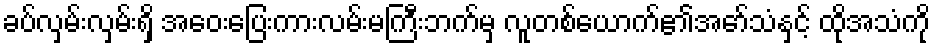
ခပ်လှမ်းလှမ်းရှိ အဝေးပြေးကားလမ်းမကြီးဘက်မှ လူတစ်ယောက်၏အော်သံနှင့် ထိုအသံကို